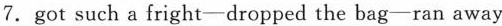
7. got such a fright—dropped the bag—ran away